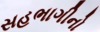
સહભાગીનો